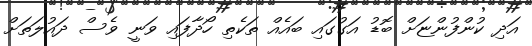
އަދި ކުންފުންޏަށް ބޮޑު އަގުގައި ބައެއް ތަކެތި ހޯދާފައި ވަނީ ވެސް ދައުލަތަށް